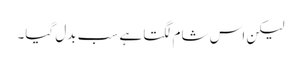
لیکن اس شام لگتا ہے سب بدل گیا۔